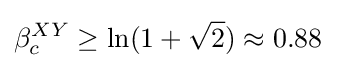
\beta _{c}^{XY}\geq \ln(1+{\sqrt {2}})\approx 0.88~